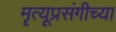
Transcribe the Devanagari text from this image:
मॄत्यूप्रसंगीच्या